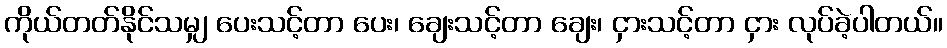
ကိုယ်တတ်နိုင်သမျှ ပေးသင့်တာ ပေး၊ ချေးသင့်တာ ချေး၊ ငှားသင့်တာ ငှား လုပ်ခဲ့ပါတယ်။